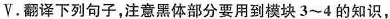
V. 翻译下列句子，注意黑体部分要用到模块3~4的知识，